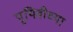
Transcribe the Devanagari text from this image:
पृथिवीच्या